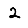
Digit: 2